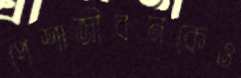
পেশাজীবনকেও